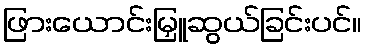
ဖြားယောင်းမြှူဆွယ်ခြင်းပင်။